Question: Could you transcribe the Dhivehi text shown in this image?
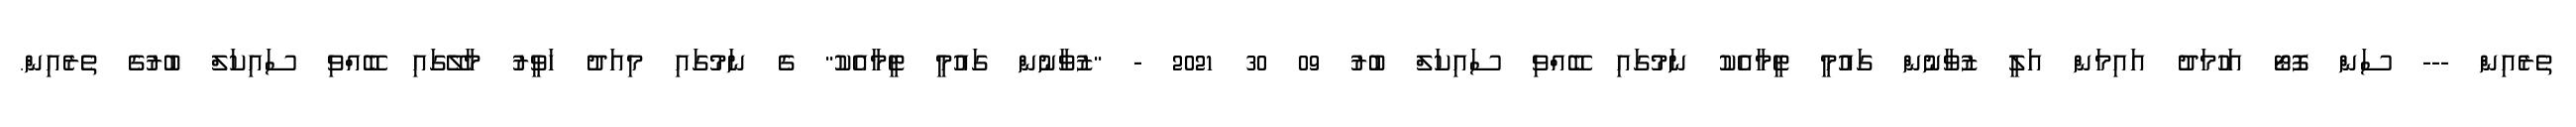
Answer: ތެރެއިން --- ސަން ފޮޓޯ އަހުމަދު އައިމަން އަލީ ޒުވާނުން ގައުމީ ޓީމާއެކު ނަމުގައި ބޭއްވި ސައިކަލް ބުރު 09 30 2021 - "ޒުވާނުން ގައުމީ ޓީމާއެކު" ގެ ނަމުގައި މިއަދު ހަވީރު މާލޭގައި ބޭއްވި ސައިކަލް ބުރުގެ ތެރެއިން.